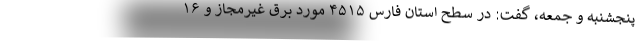
پنجشنبه و جمعه، گفت: در سطح استان فارس ۴۵۱۵ مورد برق غیرمجاز و ۱۶